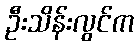
ဦးသိန်းလွင်က